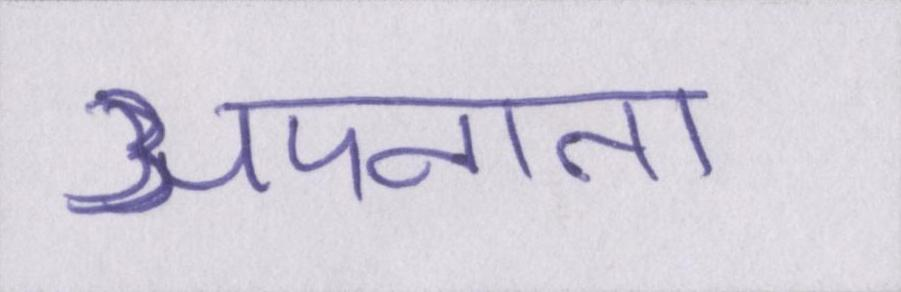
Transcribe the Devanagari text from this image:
अपनाता